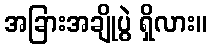
အခြားအချိုပွဲ ရှိလား။